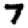
Digit: 7